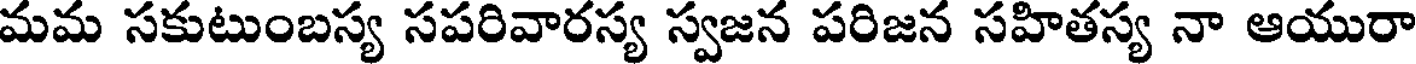
మమ సకుటుంబస్య సపరివారస్య స్వజన పరిజన సహితస్య నా ఆయురా